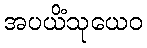
အပယိံသုယေဝ